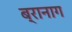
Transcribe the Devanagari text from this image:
ब्रानाग